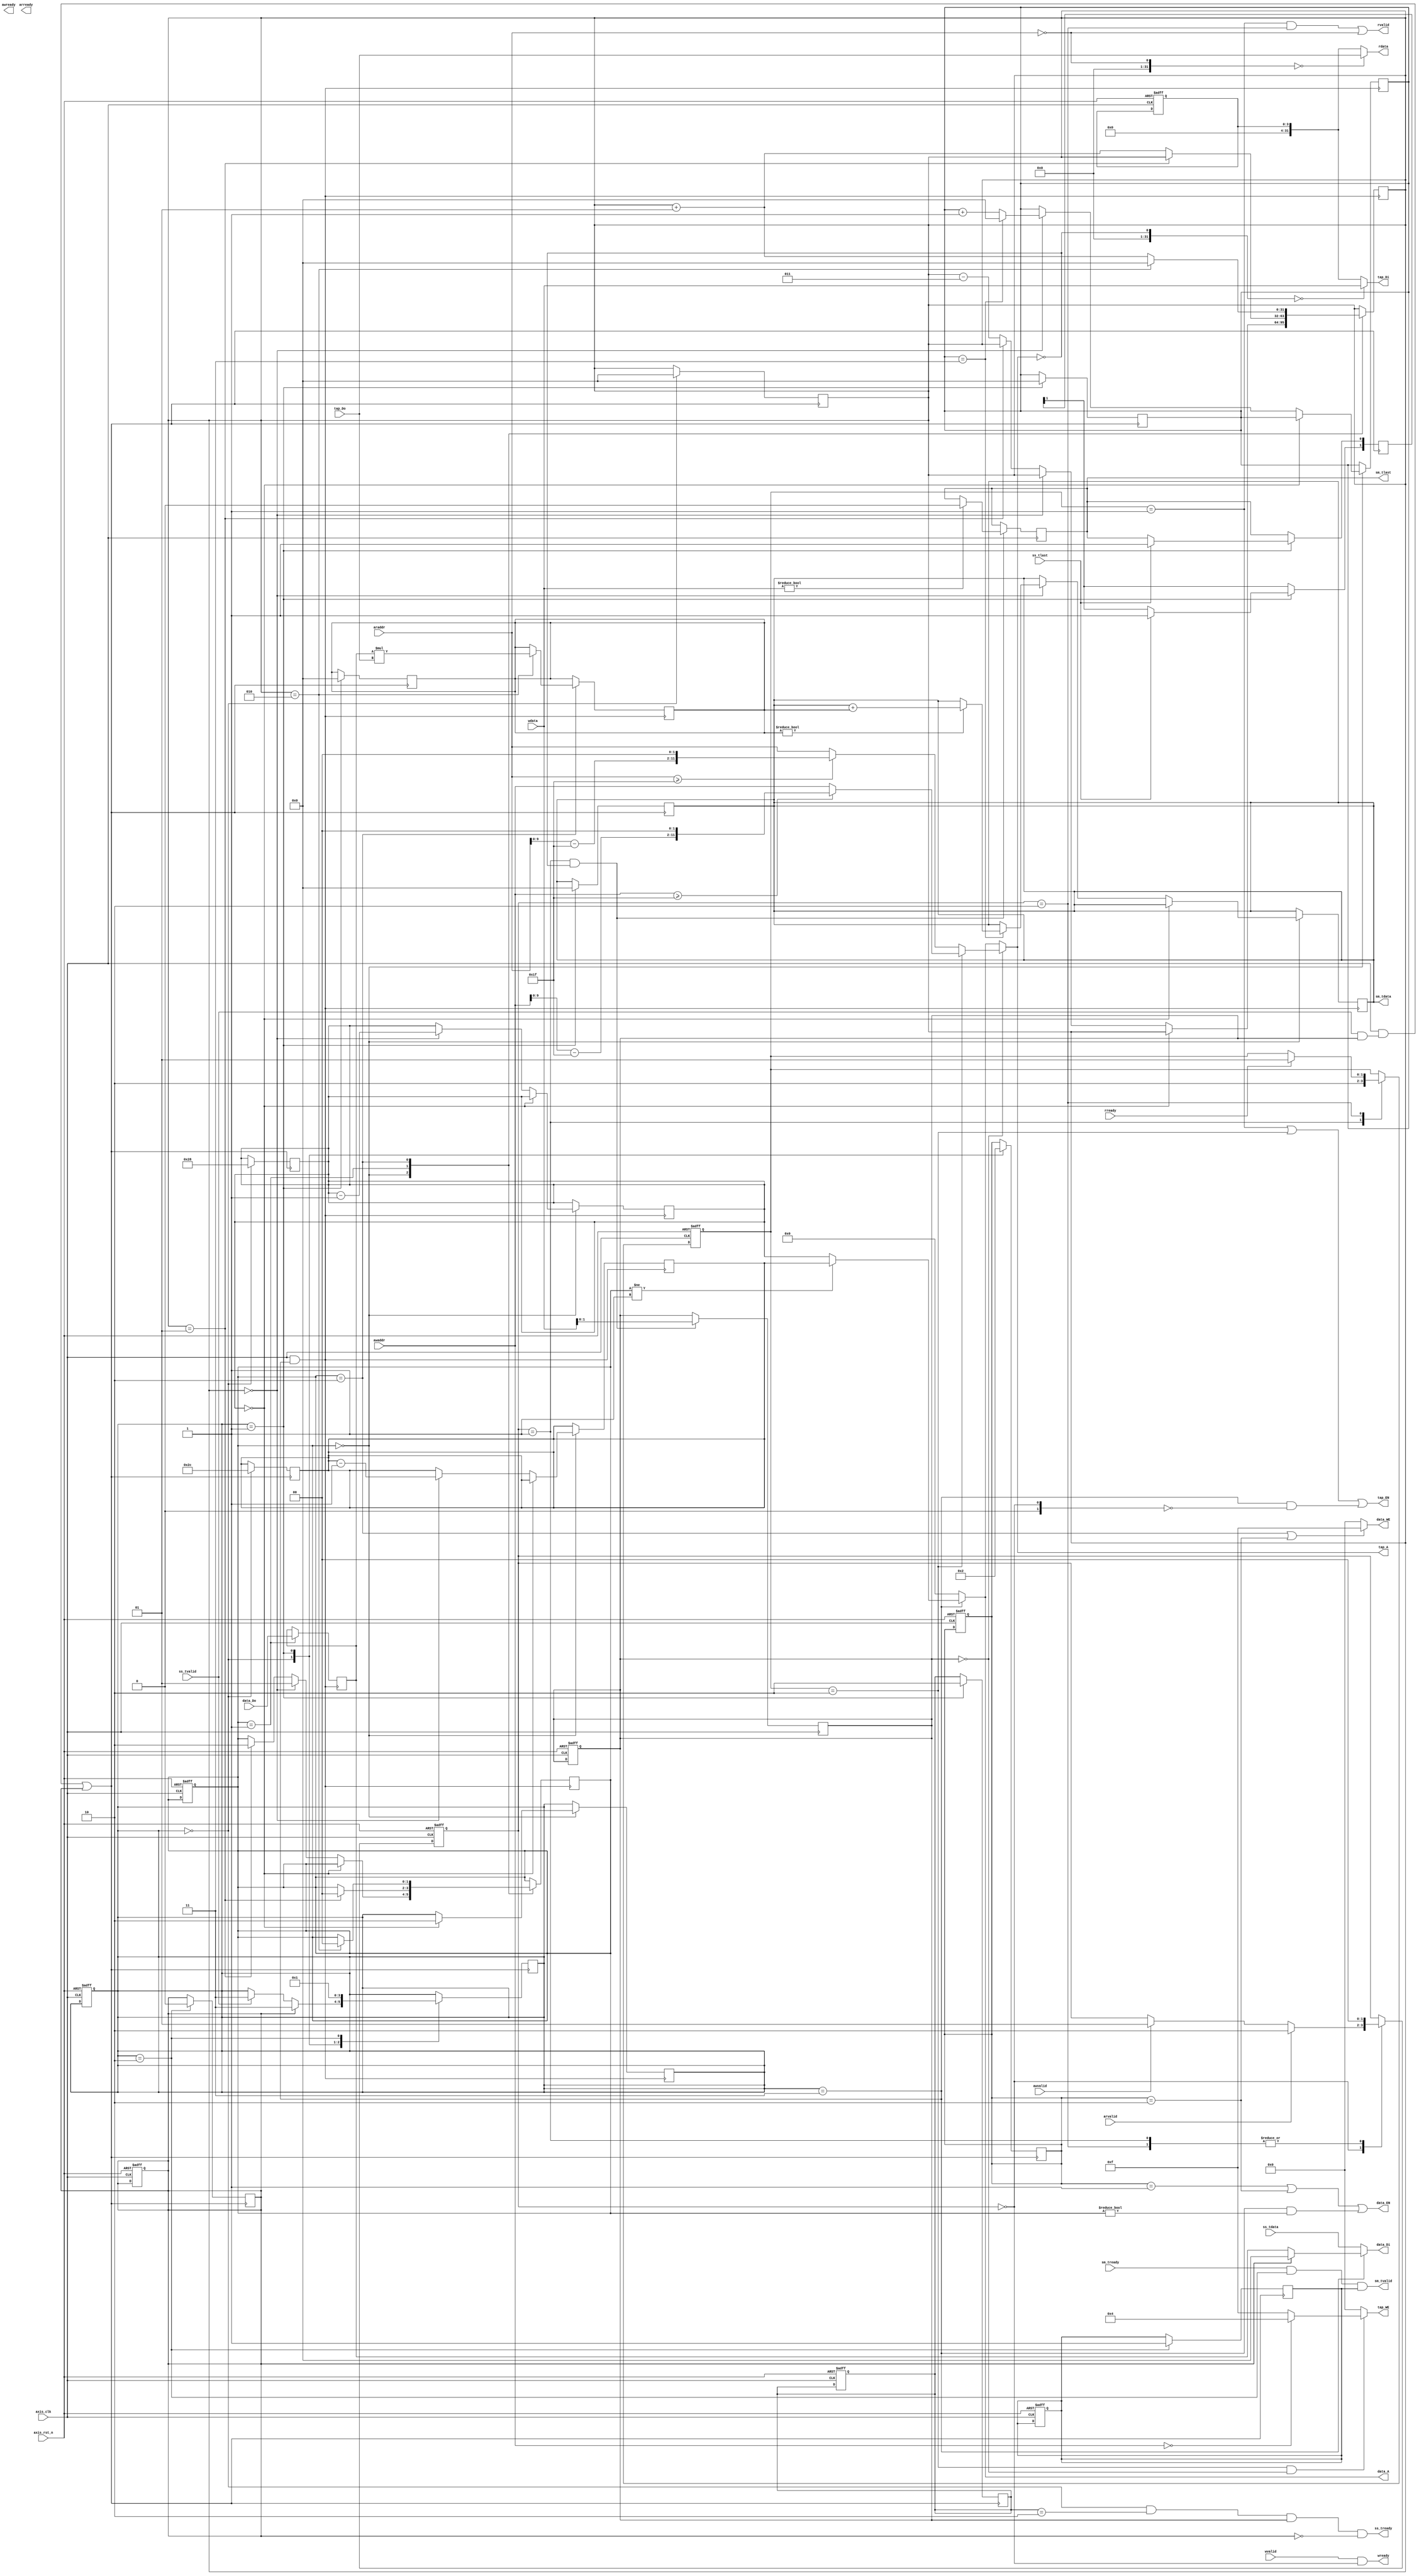
`timescale 1ns / 1ps
module fir 
#(  parameter pADDR_WIDTH = 12,
    parameter pDATA_WIDTH = 32,
    parameter Tape_Num    = 11
)
(
    output  wire                     awready,
    output  wire                     wready,
    input   wire                     awvalid,
    input   wire [(pADDR_WIDTH-1):0] awaddr,
    input   wire                     wvalid,
    input   wire [(pDATA_WIDTH-1):0] wdata,
    output  wire                     arready,
    input   wire                     rready,
    input   wire                     arvalid,
    input   wire [(pADDR_WIDTH-1):0] araddr,
    output  wire                     rvalid,
    output  wire [(pDATA_WIDTH-1):0] rdata,    
    input   wire                     ss_tvalid, 
    input   wire [(pDATA_WIDTH-1):0] ss_tdata, 
    input   wire                     ss_tlast, 
    output  wire                     ss_tready, 
    input   wire                     sm_tready, 
    output  wire                     sm_tvalid, 
    output  wire [(pDATA_WIDTH-1):0] sm_tdata, 
    output  wire                     sm_tlast, 
    
    // bram for tap RAM
    output  wire [3:0]               tap_WE,
    output  wire                     tap_EN,
    output  wire [(pDATA_WIDTH-1):0] tap_Di,
    output  wire [(pADDR_WIDTH-1):0] tap_A,
    input   wire [(pDATA_WIDTH-1):0] tap_Do,

    // bram for data RAM
    output  wire [3:0]               data_WE,
    output  wire                     data_EN,
    output  wire [(pDATA_WIDTH-1):0] data_Di,
    output  wire [(pADDR_WIDTH-1):0] data_A,
    input   wire [(pDATA_WIDTH-1):0] data_Do,

    input   wire                     axis_clk,
    input   wire                     axis_rst_n
);


    // write your code here!
reg [1:0] state;
reg [1:0] stream_st;
reg [1:0] tap_ram_st;
reg [1:0] data_ram_st;
reg [1:0] ap_start;
reg [3:0] ap_crl;
reg [11:0] sh_addr;
reg [11:0] shw_addr;
reg [31:0] sh_data;
reg [1:0] shift_st;
reg [1:0] fir_st;
reg [31:0] acc;
reg signed [31:0] acc2;
reg [31:0] flag;
reg k;
reg bramrst;
integer i;

parameter IDLE = 2'b00;
parameter READ = 2'b01;
parameter WRITE = 2'b10;
parameter SHIFT = 2'b11;

always @(posedge axis_clk or negedge axis_rst_n ) begin
    if (!axis_rst_n) begin
    //    $display("reset");
        state <= IDLE;
        tap_ram_st <= IDLE;
        stream_st <= IDLE;
        data_ram_st <= IDLE;
        shift_st <= IDLE;
        ap_start <= 0;
        ap_crl <= 4'b0010;
        fir_st <= IDLE;
        k <= 0;
        bramrst <= 1 ;
    end else begin
        case (state)
            IDLE: begin
                if (awvalid) begin
                    state <= READ;
                //    $display("read tap");
                end 
                if (arvalid) begin
                    state <= WRITE;
                end
            end
            READ: begin
                tap_ram_st <= WRITE;
                //$display("data input: %d", wdata);
                state <= IDLE;
            end
            WRITE: begin
                if (rready) begin
                    tap_ram_st <= READ;
                end
                //$display("123");
                state <= IDLE; 
            end
        endcase
    end
end

always @(posedge axis_clk) begin    //ap_start receive
    if(state == READ && tap_A == 0) begin
        ap_start <= wdata;
        if(wdata) begin
            ap_crl[1] <= 0;
        end
        //$display("ap: %b",ap_crl);
    end
end

assign wready = ( wvalid && state == IDLE); 
assign tap_EN = (tap_ram_st == READ || tap_ram_st == WRITE || stream_st == SHIFT && !state==IDLE);
assign tap_WE = (tap_ram_st == WRITE && !ap_start) ? ( (awaddr == 0) ? 4'b0100 : 4'b1111 ): 4'b0000;
assign tap_Di = (!tap_A == 0) ? wdata : ap_crl;
assign tap_A =  (!ap_start) ? (tap_ram_st == WRITE) ? ( (awaddr >= 12'h1f) ? (awaddr - 12'h1f)<<2 : awaddr) : (araddr >= 12'h1f) ? ( araddr-12'h1f )<<2 : araddr : data_A;

assign rdata = (!araddr == 0) ? tap_Do : ap_crl;
assign rvalid = ((tap_ram_st == READ && state == WRITE) || araddr == 0);


always @(posedge axis_clk  && (ss_tvalid && ap_start )  || bramrst) begin
    case (stream_st)
        IDLE: begin
            if(bramrst) begin
                stream_st <= SHIFT;
            end    
            else if (ss_tvalid) begin
                stream_st <= SHIFT;
            end
            sh_addr <= 12'd10<<2;
            shw_addr <=12'd11<<2;
            i <= 0;
            data_ram_st <= IDLE;
        end
        READ: begin
            data_ram_st <= WRITE;
            stream_st <= IDLE;
            fir_st <= WRITE;
            acc <= 0;
            acc2 <=0;
            flag <= 0;
            if(ss_tlast) begin
                ap_crl[1] <= 1;
                ap_crl[2] <= 1;    
            end
        end
        WRITE: begin
            stream_st <= READ;
            k <= 1;
            if(!bramrst) begin
                k <= 1;
            end
            else begin
                bramrst <= 0;
            end
        end
        SHIFT: begin
        //    $display("shifting");
        end
    endcase
end
always @(posedge axis_clk  && stream_st == SHIFT ) begin
    //$display("asdf");
    case (shift_st)
        IDLE: begin
           // $display("IDLE");
            if(sh_addr == 12'd0<<2) begin
                stream_st <= WRITE;
            end
            else if(i == 0) begin
                shift_st <= READ;
                sh_addr <= sh_addr - 1;
                shw_addr <= shw_addr -1;
                if(flag == 3) begin
                    if(acc) begin
                        acc2 <= acc2 + acc;
                    end
                    flag <= 0;
                end
                else begin
                    flag <= flag + 1;
                end
            //    $display("acc = %d acc2 = %d flag = %d sh_addr = %d",acc, acc2,flag,sh_addr>>2);
            end
            else if(i == 1) begin
                shift_st <= WRITE;
            end
            else begin
                i <= i - 3;
            end
        end
        READ: begin
        //$display("read i=%d read address=%d data=%d",i,data_A>>2,data_Do);
        //$display("read");
            if(i == 1) begin
                shift_st <= IDLE;
            end else begin
                i = i + 1;
            end
            sh_data <= data_Do;
        end
        WRITE: begin
        //$display("write");
            if(i == 2) begin
                shift_st <= IDLE;
                i <= 0;
                acc <= sh_data*tap_Do;
            //    acc2 = acc2 + 2;
            //    $display("acc = %d",acc);
            end else begin
                i = i + 1;
                
            //    $display("tap_a = %d TAP_DO = %d data_Do = %d acc = %d",(tap_A+1)>>2,tap_Do,sh_data, acc);
            end
        end
    endcase
end
assign ss_tready = (stream_st == IDLE && fir_st == WRITE && ap_start && !bramrst);
assign data_EN = (data_ram_st == READ || data_ram_st == WRITE || ( stream_st == SHIFT && (shift_st != IDLE)));
assign data_WE = (shift_st == WRITE || data_ram_st == WRITE) ? 4'b1111 : 4'b0000;
assign data_Di = (stream_st == SHIFT)? (bramrst) ? 0 : sh_data : ss_tdata;
assign data_A = (stream_st == SHIFT)? ( (shift_st != READ) ? shw_addr : sh_addr ) : 0;


assign sm_tdata = acc2;
assign sm_tvalid = (sm_tready && stream_st == WRITE && k);
assign sm_tlast = (ap_crl[1]);


endmodule